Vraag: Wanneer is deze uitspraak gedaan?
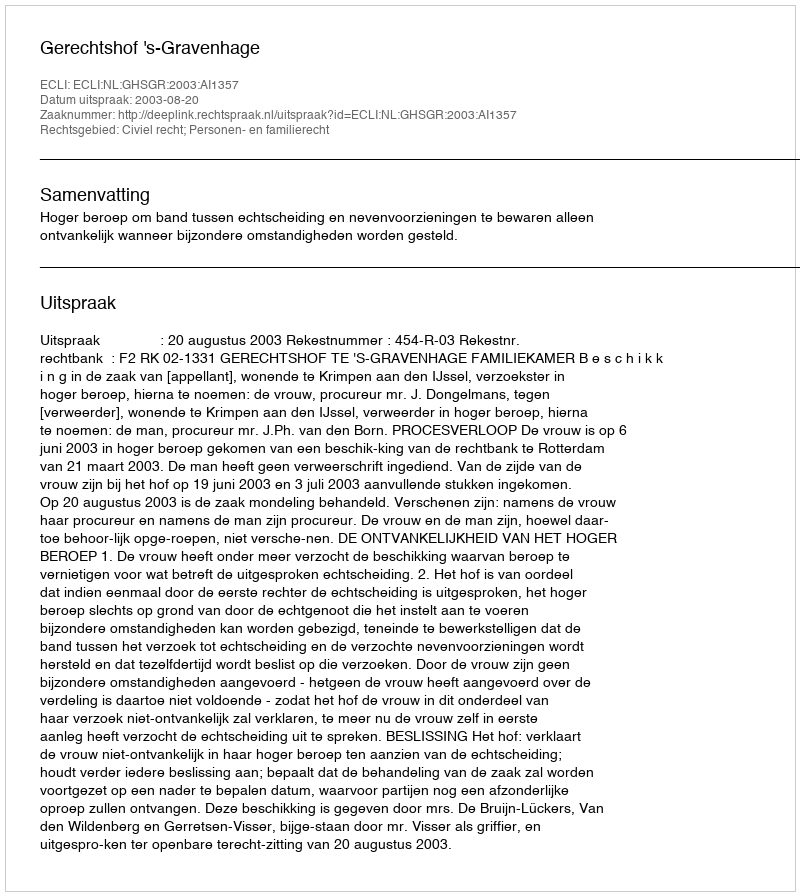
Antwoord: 2003-08-20